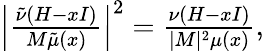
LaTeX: \begin{array}{r}{\left|\frac{\tilde{\nu}(H-xI)}{M\tilde{\mu}(x)}\right|^{2}=\frac{\nu(H-xI)}{|M|^{2}\mu(x)},}\end{array}